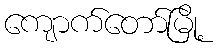
ကျောက်တော်မြို့